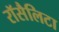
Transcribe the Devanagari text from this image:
रॉसैलिटा